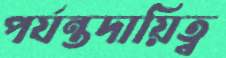
পর্যন্তদায়িত্ব